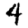
Digit: 4